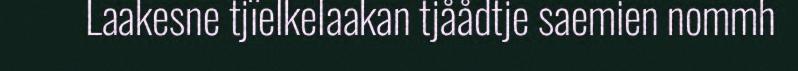
Laakesne tjïelkelaakan tjåådtje saemien nommh